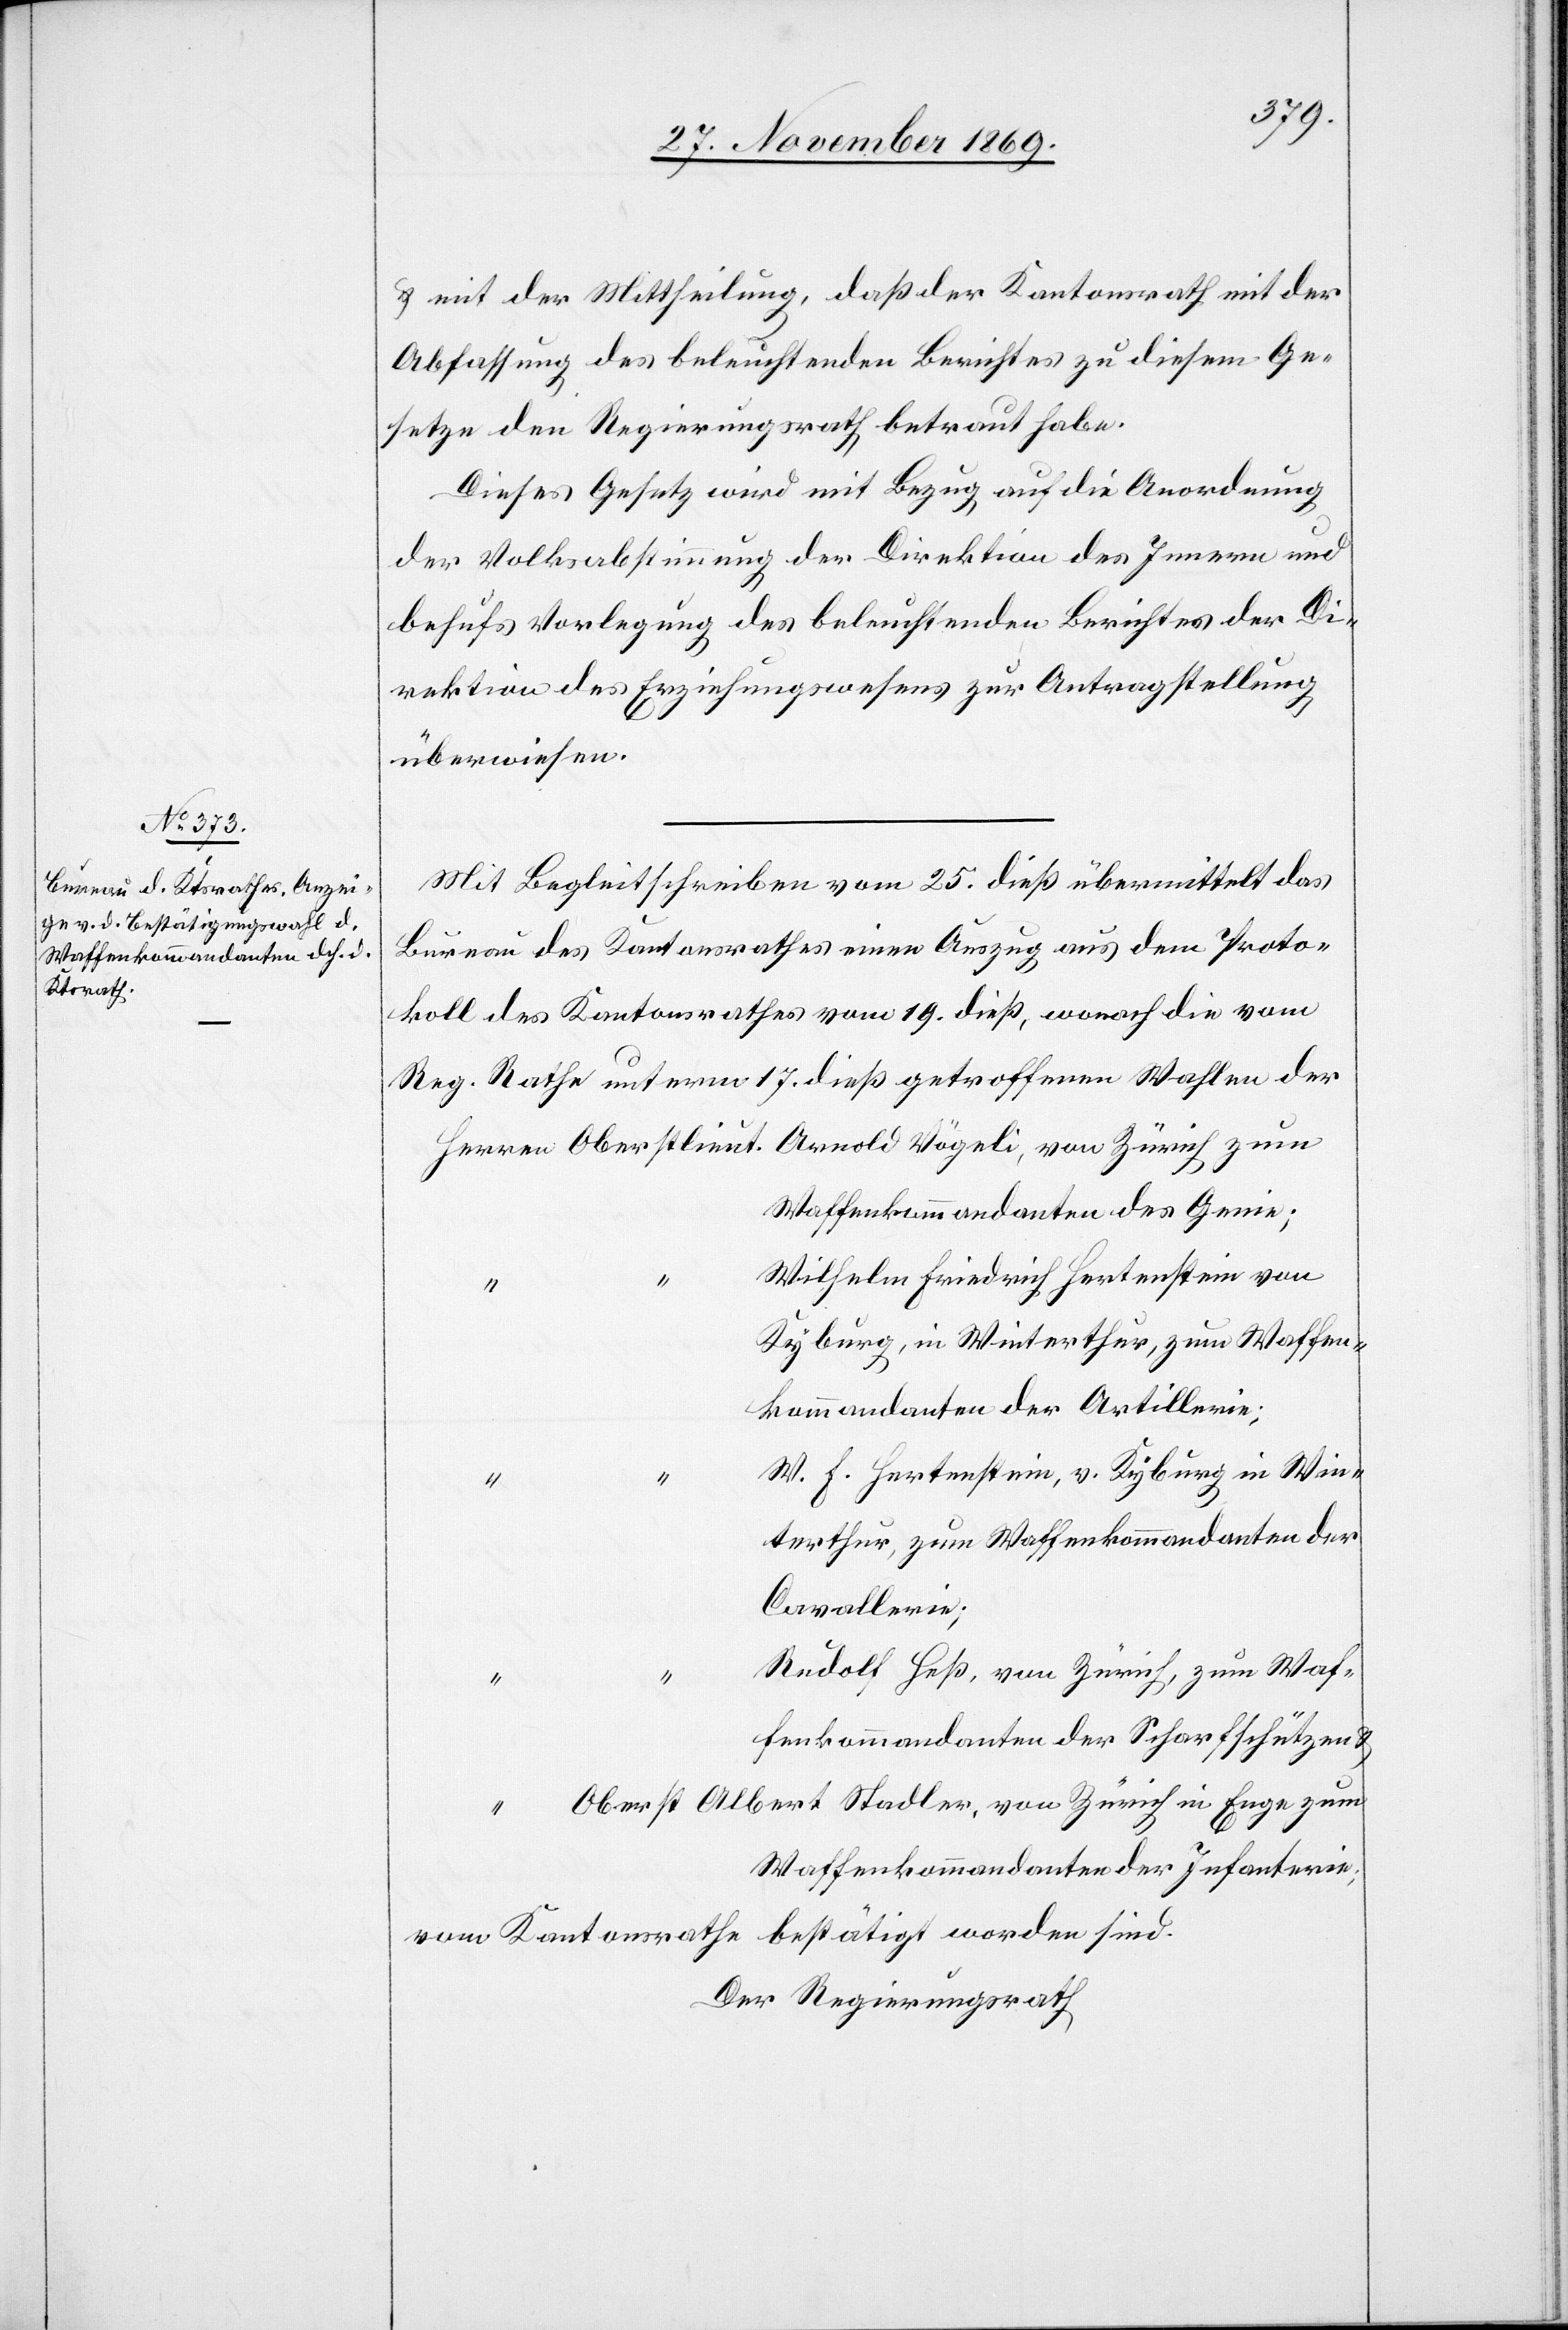
& mit der Mittheilung, daß der Kantonsrath mit der
Abfassung des beleuchtenden Berichtes zu diesem Ge¬
setze den Regierungsrath betraut habe.
Dieses Gesetz wird mit Bezug auf die Anordnung
der Volksabstimmung der Direktion des Innern und
behufs Vorlegung des beleuchtenden Berichtes der Di¬
rektion des Erziehungswesens zur Antragstellung
überwiesen.
Mit Begleitschreiben vom 25. dieß übermittelt das
Bureau des Kantonsrathes einen Auszug aus dem Proto¬
koll des Kantonsrathes vom 19. dieß, wonach die vom
Reg. Rathe unterm 17. dieß getroffenen Wahlen der
Waffenkommandanten des Genie;
Wilhelm Friedrich Hertenstein von
Kyburg, in Winterthur, zum Waffen¬
kommandanten der Artillerie;
W. F. Hertenstein, v. Kyburg in Win¬
terthur, zum Waffenkommandanten der
Cavallerie;
Rudolf Heß, von Zürich, zum Waf¬
fenkommandanten der Scharfschützen &
Waffenkommandanten der Infanterie;
vom Kantonsrathe bestätigt worden sind.
Der Regierungsrath